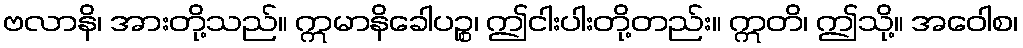
ဗလာနိ၊ အားတို့သည်။ ဣမာနိခေါပဉ္စ၊ ဤငါးပါးတို့တည်း။ ဣတိ၊ ဤသို့။ အဝေါစ၊